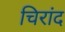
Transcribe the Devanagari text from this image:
चिरांद